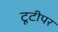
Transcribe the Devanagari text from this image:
टूटीपर